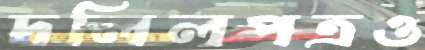
দলিলপত্রও